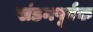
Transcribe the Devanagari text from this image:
खंडनपूर्वक